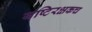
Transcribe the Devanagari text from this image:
यष्टिरक्षकच